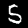
Label: 5